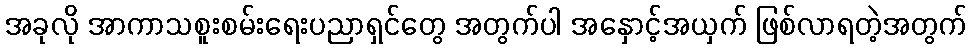
အခုလို အာကာသစူးစမ်းရေးပညာရှင်တွေ အတွက်ပါ အနှောင့်အယှက် ဖြစ်လာရတဲ့အတွက်